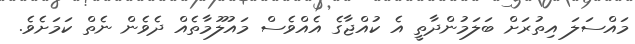
މައްސަލަ އިތުރަށް ބަލަމުންދާތީ އެ ކުއްޖާގެ އެއްވެސް މައުލޫމާތެއް ދެވެން ނެތް ކަމަށެވެ.